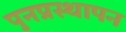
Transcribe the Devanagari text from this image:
पुनप्रस्थापन